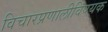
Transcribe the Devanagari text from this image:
विचारप्रणालीविषयक